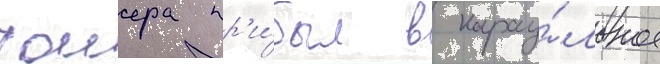
таиера пр'и́был в карау́льное